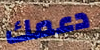
دعمك